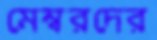
মেম্বরদের